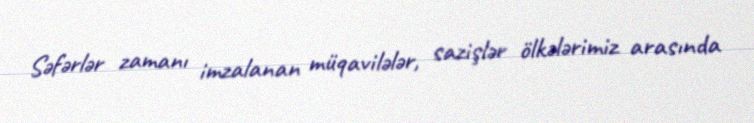
Səfərlər zamanı imzalanan müqavilələr, sazişlər ölkələrimiz arasında